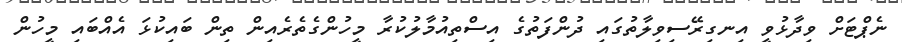
ނެޕްޓަށް ވިދާޅުވީ އިނގިރޭސިވިލާތުގައި ދުންފަތުގެ އިސްތިއުމާލުކުރާ މީހުންގެތެރެއިން ތިން ބައިކުޅަ އެއްބައި މީހުން